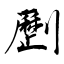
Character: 𠠝